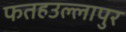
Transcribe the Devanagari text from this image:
फतहउल्लापुर